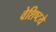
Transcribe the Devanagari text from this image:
वेशिष्टये